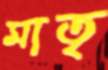
মাতৃ